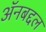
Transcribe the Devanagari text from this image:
अॅनबद्दल